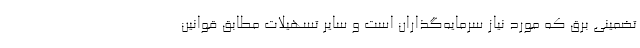
تضمینی برق که مورد نیاز سرمایه‌گذاران است و سایر تسهیلات مطابق قوانین